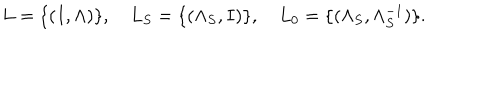
L = \{ ( I , \Lambda ) \} , \quad L _ { S } = \{ ( \Lambda _ { S } , I ) \} , \quad L _ { 0 } = \{ ( \Lambda _ { S } , \Lambda _ { S } ^ { - 1 } ) \} .